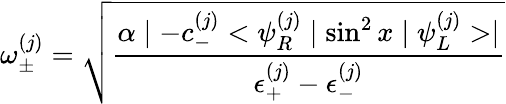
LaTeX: \omega_{\pm}^{(j)}=\sqrt{\frac{\alpha\mid-c_{-}^{(j)}<\psi_{R}^{(j)}\mid\sin^{2}x\mid\psi_{L}^{(j)}>\mid}{\epsilon_{+}^{(j)}-\epsilon_{-}^{(j)}}}